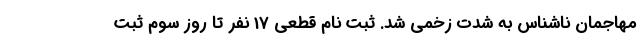
مهاجمان ناشناس به شدت زخمی شد. ثبت نام قطعی 17 نفر تا روز سوم ثبت